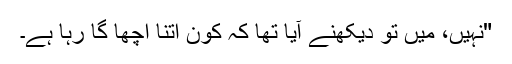
"نہیں، میں تو دیکھنے آیا تھا کہ کون اتنا اچھا گا رہا ہے۔